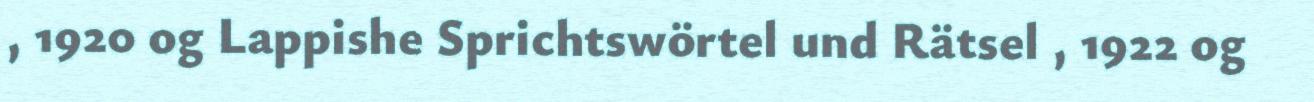
, 1920 og Lappishe Sprichtswörtel und Rätsel , 1922 og